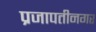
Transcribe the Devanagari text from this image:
प्रजापतीनगर